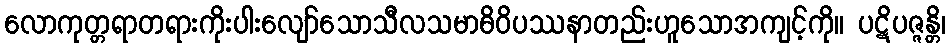
လောကုတ္တရာတရားကိုးပါးလျော်သောသီလသမာဓိဝိပဿနာတည်းဟူသောအကျင့်ကို။ ပဋိပဇ္ဇန္တိ၊